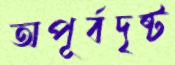
অপূর্বদৃষ্ট